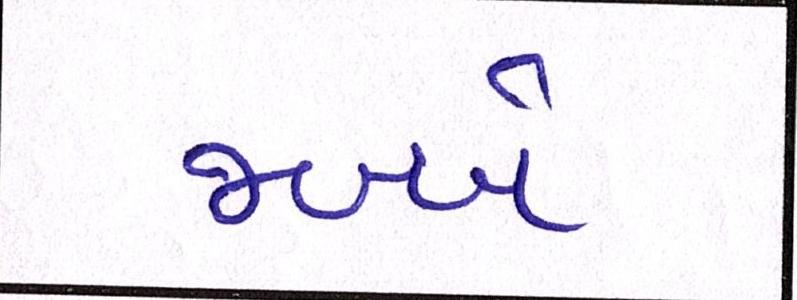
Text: જબ્બે